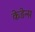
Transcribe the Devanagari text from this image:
केडेन्स